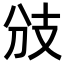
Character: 𢺹